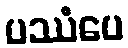
ပဿံပေ